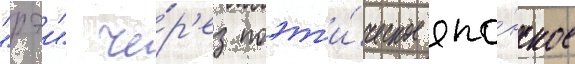
"рэи" че́р'ез поэт'и́ческое япо́нское